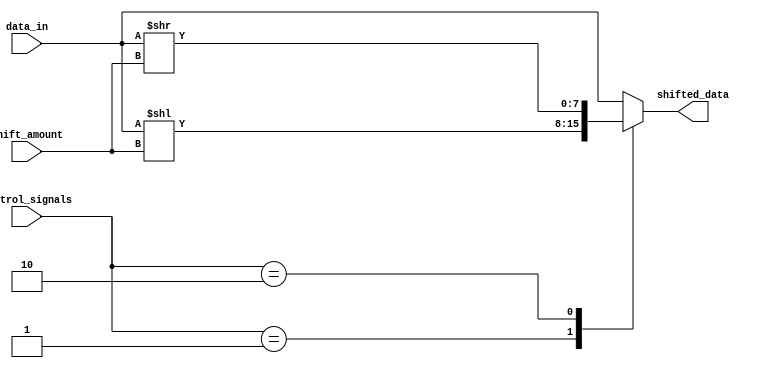
module sparse_barrel_shifter (
    input [7:0] data_in,
    input [3:0] shift_amount,
    input [2:0] control_signals,
    output reg [7:0] shifted_data
);

reg [7:0] temp_data;

always @(*) begin
    case (control_signals)
        3'b000: temp_data = data_in; // No shifting
        3'b001: temp_data = data_in << shift_amount; // Shift left by specified amount
        3'b010: temp_data = data_in >> shift_amount; // Shift right by specified amount
        // Add more cases for different shifting operations as needed
        default: temp_data = data_in;
    endcase
end

assign shifted_data = temp_data;

endmodule